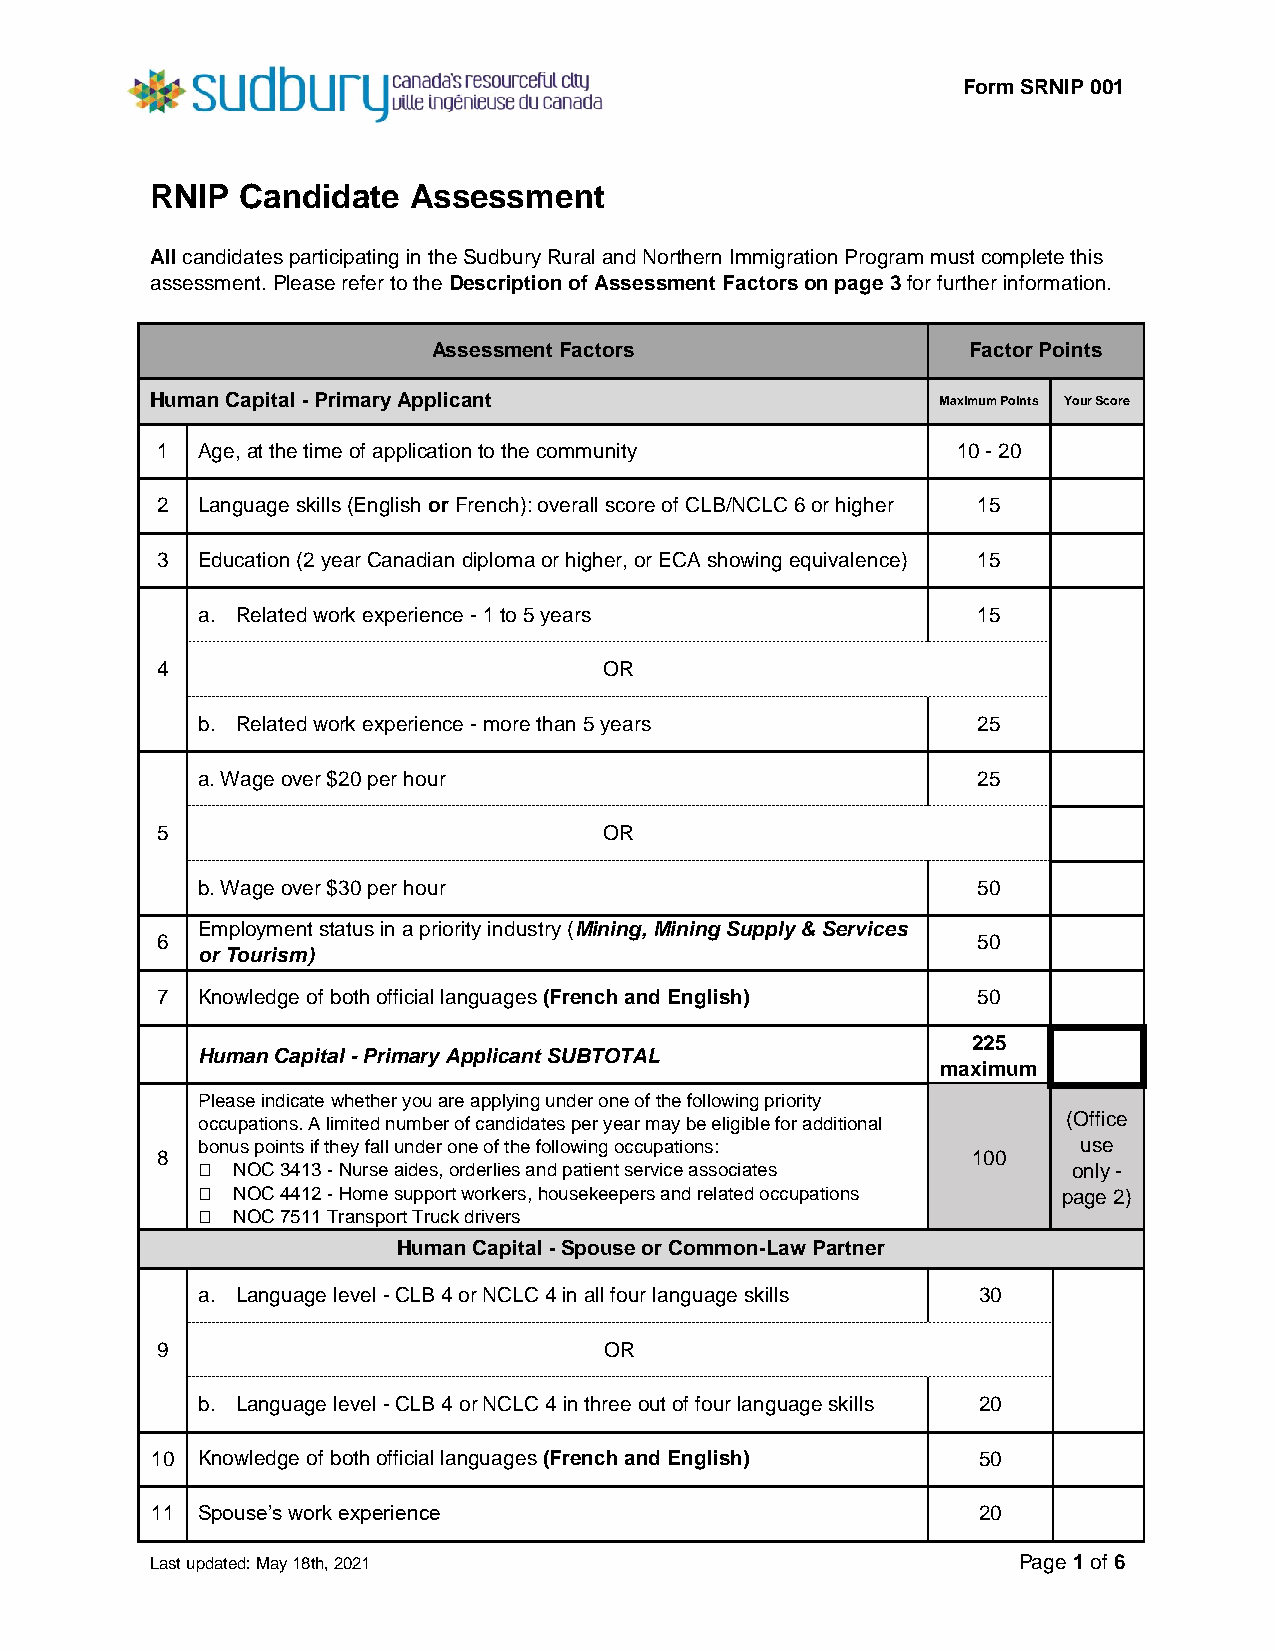
Form SRNIP 001
 RNIP  Candidate  Assessment
 All candidates participating in the Sudbury Rural and Northern Immigration Program must complete this
 assessment. Please refer to the Description of Assessment Factors on page 3 for further information.
 Assessment Factors                 Factor Points
 Human Capital - Primary Applicant                   Maximum Points Your Score
 1  Age, at the time of application to the community  10 - 20
 2  Language skills (English or French): overall score of CLB/NCLC 6 or higher 15
 3  Education (2 year Canadian diploma or higher, or ECA showing equivalence) 15
 a. Related work experience - 1 to 5 years           15
 4                             OR
 b. Related work experience - more than 5 years      25
 a. Wage over $20 per hour                           25
 5                             OR
 b. Wage over $30 per hour                           50
 Employment status in a priority industry (Mining, Mining Supply & Services
 6                                                      50
 or Tourism)
 7  Knowledge of both official languages (French and English) 50
 225
 Human Capital - Primary Applicant SUBTOTAL
 maximum
 Please indicate whether you are applying under one of the following priority
 occupations. A limited number of candidates per year may be eligible for additional (Office
 bonus points if they fall under one of the following occupations: use
 8                                                     100
 󠇊 NOC 3413 - Nurse aides, orderlies and patient service associates only -
 󠇊 NOC 4412 - Home support workers, housekeepers and related occupations page 2)
 󠇊 NOC 7511 Transport Truck drivers
 Human Capital - Spouse or Common-Law Partner
 a. Language level - CLB 4 or NCLC 4 in all four language skills 30
 9                             OR
 b. Language level - CLB 4 or NCLC 4 in three out of four language skills 20
 10 Knowledge of both official languages (French and English) 50
 11 Spouse’s work experience                            20
 Last updated: May 18th, 2021                             Page 1 of 6